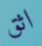
اثق